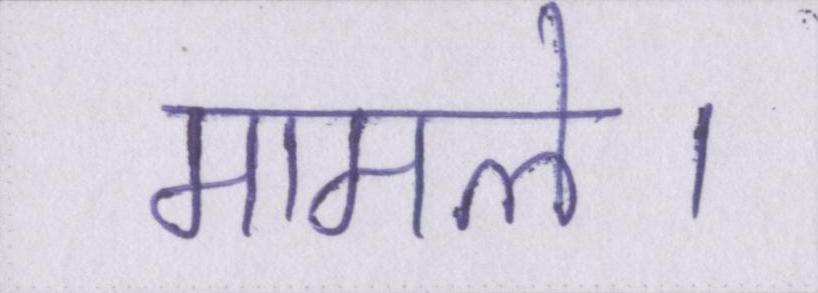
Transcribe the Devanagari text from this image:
मामले।